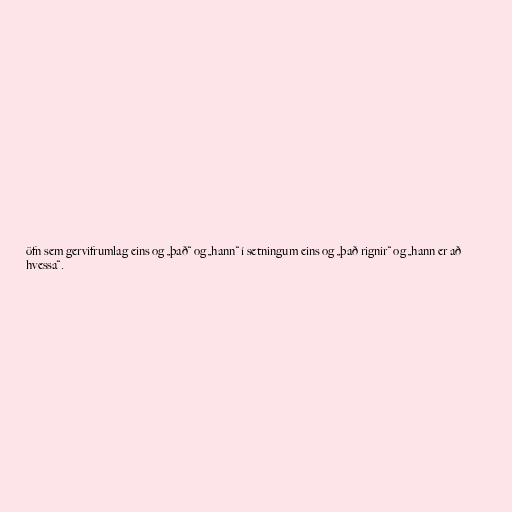
öfn sem gervifrumlag eins og „það“ og „hann“ í setningum eins og „það rignir“ og „hann er að
hvessa“.